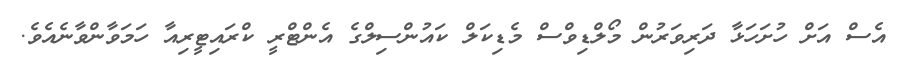
އެސް އަށް ހުށަހަޅާ ދަރިވަރުން މޯލްޑިވްސް މެޑިކަލް ކައުންސިލްގެ އެންޓްރީ ކްރައިޓީރިއާ ހަމަވާންވާނެއެވެ.